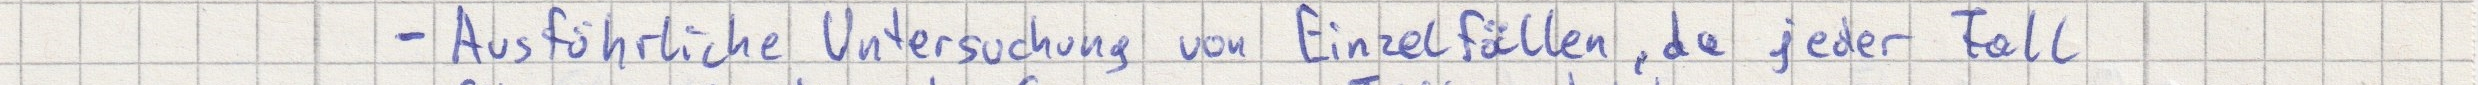
- Ausführliche Untersuchung von Einzelfällen, da jeder Fall